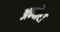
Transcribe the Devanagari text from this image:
अन्दोरा